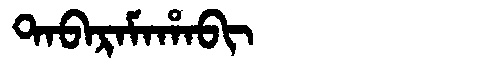
Manchu: ᡨᠠᠪᠠᡵᠠᠮᠠᡥᠠᠪᡳ
Romanization: TABARAMAHABI